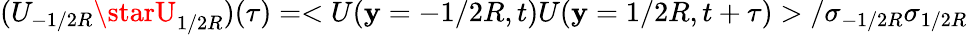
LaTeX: (U_{-1/2R}\starU_{1/2R})(\tau)=<U(\mathbf{y}=-1/2R,t)U(\mathbf{y}=1/2R,t+\tau)>/\sigma_{-1/2R}\sigma_{1/2R}